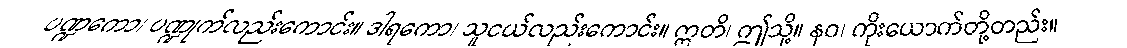
ပဏ္ဍကော၊ ပဏ္ဍုက်လည်းကောင်း။ ဒါရကော၊ သူငယ်လည်းကောင်း။ ဣတိ၊ ဤသို့။ နဝ၊ ကိုးယောက်တို့တည်း။